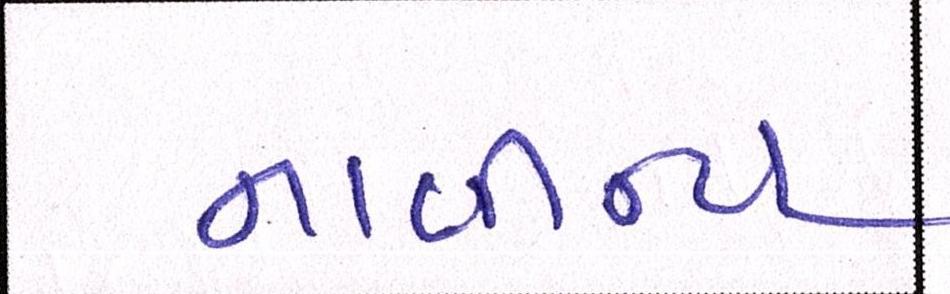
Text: નાવીન્ય